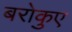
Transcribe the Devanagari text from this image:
बरोकुए